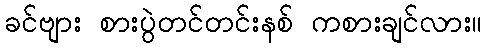
ခင်ဗျား စားပွဲတင်တင်းနစ် ကစားချင်လား။